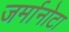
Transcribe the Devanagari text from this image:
जर्मानोटा